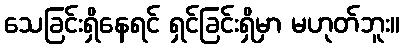
သေခြင်းရှိနေရင် ရှင်ခြင်းရှိမှာ မဟုတ်ဘူး။